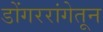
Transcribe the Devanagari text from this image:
डोंगररांगेतून